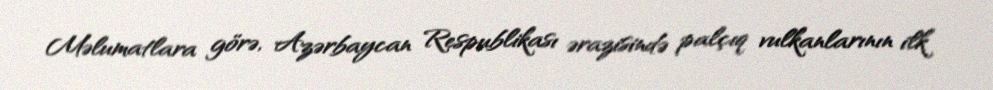
Məlumatlara görə, Azərbaycan Respublikası ərazisində palçıq vulkanlarının ilk